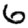
Digit: 6